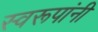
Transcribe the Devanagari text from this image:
स्वरूपांनी